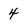
Character: 4